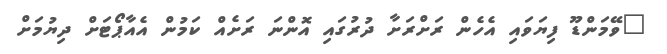
"ވޭމަންޑޫ ފިޔަވައި އެހެން ރަށްރަށާ ދުރުގައި އޮންނަ ރަށެއް ކަމުން އެއާޕޯޓަށް ދިޔުމަށް